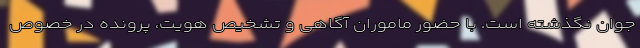
جوان نگذشته است. با حضور ماموران آگاهی و تشخیص هویت، پرونده در خصوص